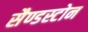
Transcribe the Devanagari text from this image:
सैण्डस्टोन